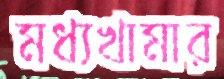
মধ্যখামার